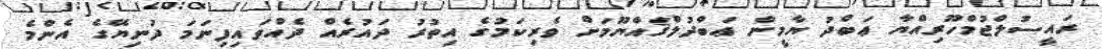
ރައީސުލްޖުމްހޫރިއްޔާ ޢަބްދު ޔާމީން ޢަބްދުލްޤައްޔޫމަށް ވެރިކަމުގެ އިތުރު ދައުރެއް ދެއްވައިފިނަމަ ދުނިޔޭގެ އެންމެ